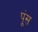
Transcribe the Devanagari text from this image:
पूंस